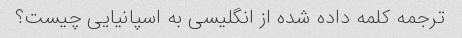
ترجمه کلمه داده شده از انگلیسی به اسپانیایی چیست؟